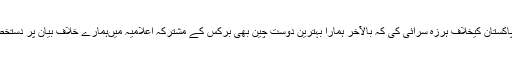
مودی نے اس تندہی سے پاکستان کیخلاف ہرزہ سرائی کی کہ بالآخر ہمارا بہترین دوست چین بھی برکس کے مشترکہ اعلامیہ میںہمارے خلاف بیان پر دستخط کرنے پر مجبور ہو گیا ۔